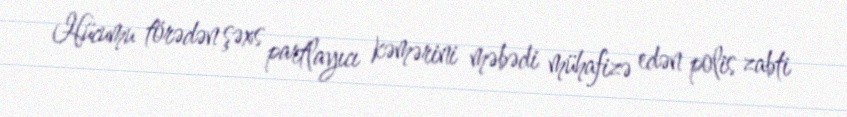
Hücumu törədən şəxs partlayıcı kəmərini məbədi mühafizə edən polis zabti